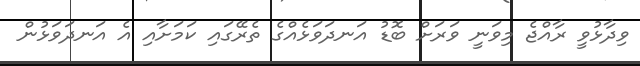
ވިދާޅުވީ ރާއްޖެ މިވަނީ ވަރަށް ބޮޑު އަނދަވަޅެއްގެ ތެރޭގައި ކަމަށާއި އެ އަނދަވަޅުން